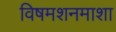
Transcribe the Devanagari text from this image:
विषमशनमाशा